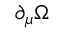
\partial _ { \mu } \Omega